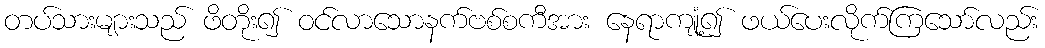
တပ်သားများသည် ဖိတိုး၍ ဝင်လာသောနက်ဗစ်စကီအား နေရာကျုံ့၍ ဖယ်ပေးလိုက်ကြသော်လည်း